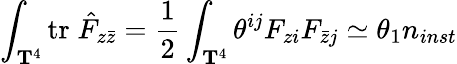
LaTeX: \int_{{\mathbf T}^{4}}\mathrm{tr}\; \hat{F}_{z\bar{z}}={\frac{1}{2}}\int_{{\mathbf T}^{4}}\theta^{ij}F_{zi}F_{\bar{z}j}\simeq\theta_{1}n_{inst}